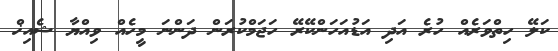
ކަލޭ ހިތްވަރެއް ހުރެ އަދި އަޑުއަހަންކޭރޭ ހަޖަމްކުރަން ދަންނަ މީހެއް ވިއްޔާ ޝެއިޚް